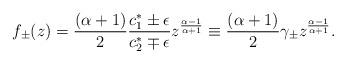
LaTeX: \begin{align*}f_{\pm}(z) & = \frac{(\alpha+1)}{2} \frac{c_1^{\ast} \pm \epsilon}{c_2^{\ast}\mp\epsilon} z^{\frac{\alpha-1}{\alpha+1}} \equiv \frac{(\alpha+1)}{2} \gamma_{\pm} z^{\frac{\alpha-1}{\alpha+1}}.\end{align*}